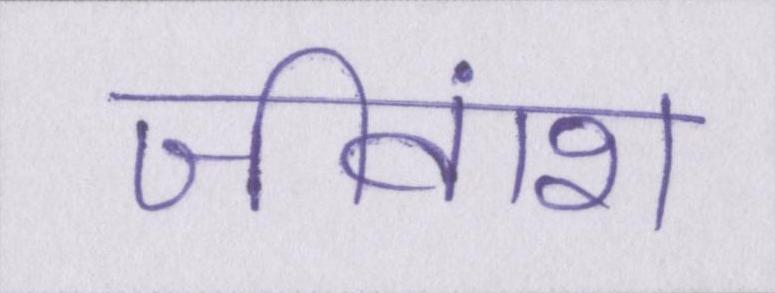
जीवांश